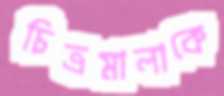
চিত্রমালাকে